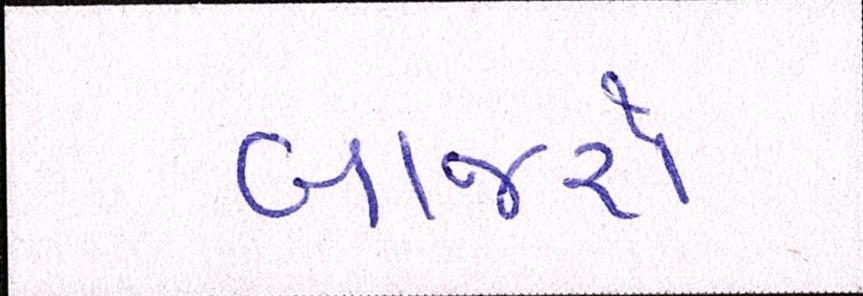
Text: બાજરો